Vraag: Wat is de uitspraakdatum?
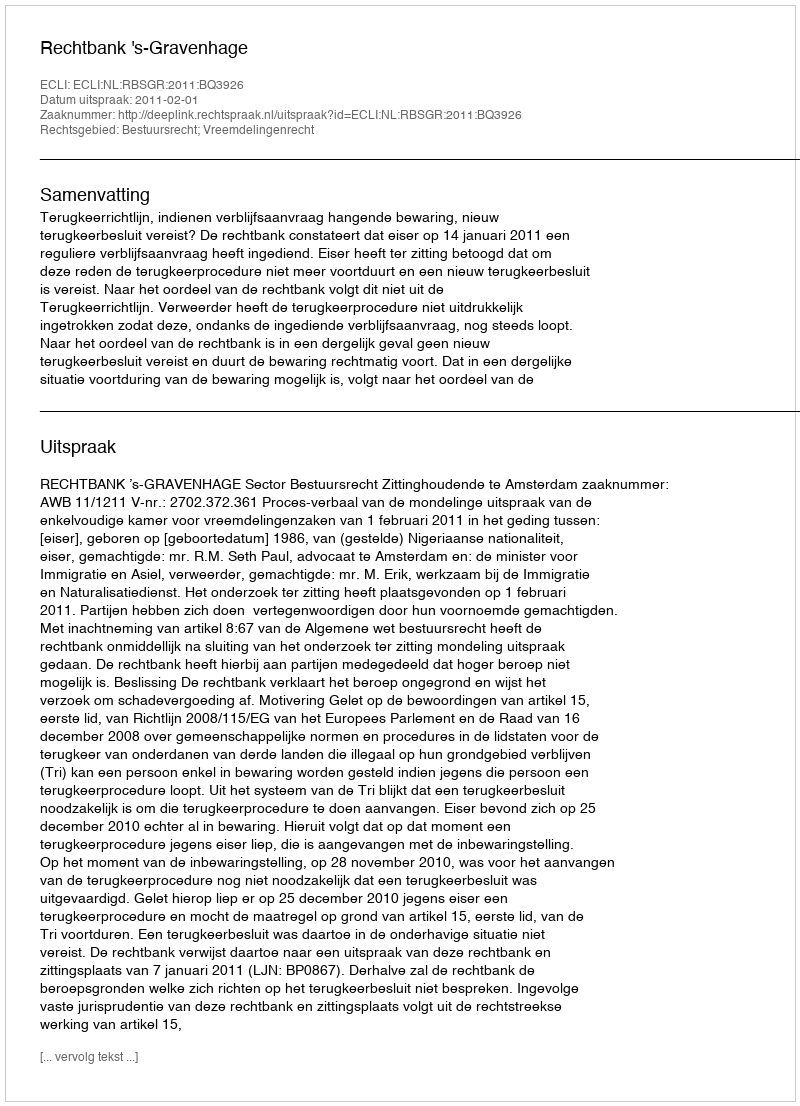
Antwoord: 2011-02-01